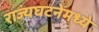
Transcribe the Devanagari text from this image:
राज्यघटनेमध्ये